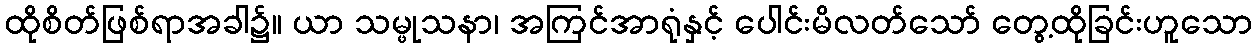
ထိုစိတ်ဖြစ်ရာအခါ၌။ ယာ သမ္ဖုသနာ၊ အကြင်အာရုံနှင့် ပေါင်းမိလတ်သော် တွေ့ထိုခြင်းဟူသော